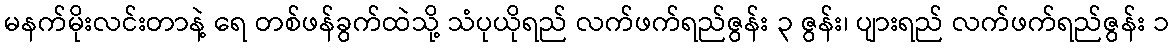
မနက်မိုးလင်းတာနဲ့ ရေ တစ်ဖန်ခွက်ထဲသို့ သံပုယိုရည် လက်ဖက်ရည်ဇွန်း ၃ ဇွန်း၊ ပျားရည် လက်ဖက်ရည်ဇွန်း ၁